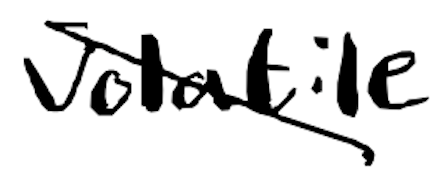
Text: volatile
Cross-out: diagonal
Writing tool: digital_black